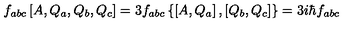
f _ { a b c } \left[ A , Q _ { a } , Q _ { b } , Q _ { c } \right] = 3 f _ { a b c } \left\{ \left[ A , Q _ { a } \right] , \left[ Q _ { b } , Q _ { c } \right] \right\} = 3 i \hbar f _ { a b c }